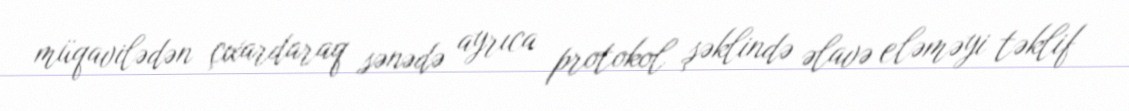
müqavilədən çıxardaraq sənədə ayrıca protokol şəklində əlavə eləməyi təklif